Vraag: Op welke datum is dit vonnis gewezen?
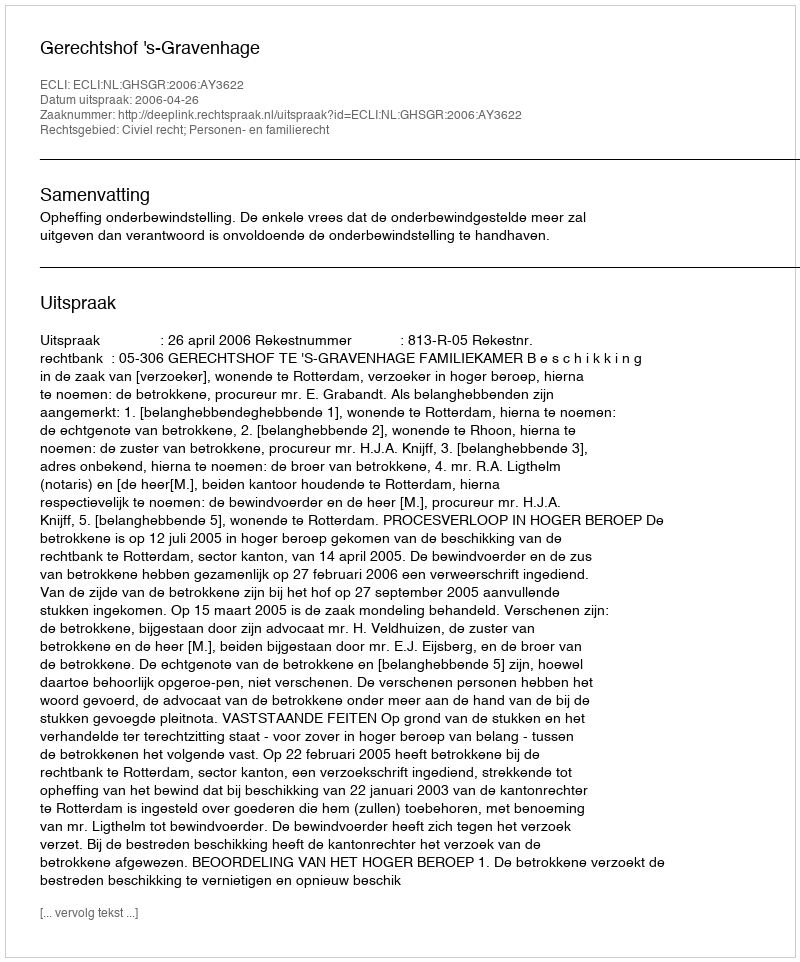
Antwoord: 2006-04-26